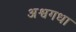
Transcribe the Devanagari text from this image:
अश्वगधा